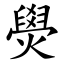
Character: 燢